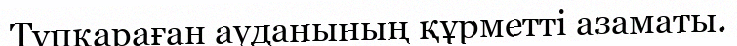
Түпқараған ауданының құрметті азаматы.